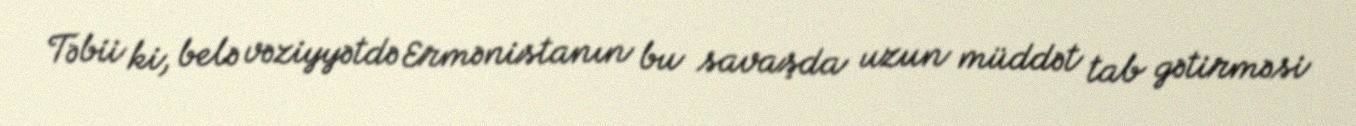
Təbii ki, belə vəziyyətdə Ermənistanın bu savaşda uzun müddət tab gətirməsi